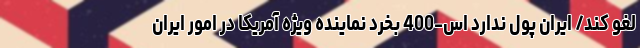
لغو کند/ ایران پول ندارد اس-400 بخرد نماینده ویژه آمریکا در امور ایران